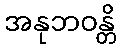
အနုဘဝန္တိ